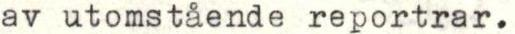
av utomstående reportrar.